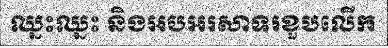
ឈ្នះឈ្នះ និងអបអរសាទរខួបលើក